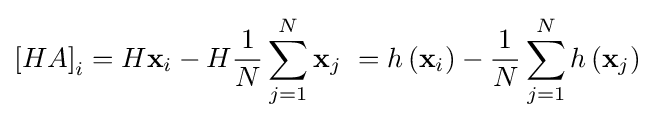
\left[HA\right]_{i}=H\mathbf {x} _{i}-H{\frac {1}{N}}\sum _{j=1}^{N}\mathbf {x} _{j}\ =h\left(\mathbf {x} _{i}\right)-{\frac {1}{N}}\sum _{j=1}^{N}h\left(\mathbf {x} _{j}\right)